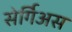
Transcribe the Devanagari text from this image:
सेर्गिअस